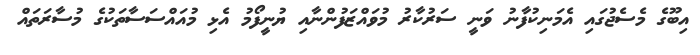
އިބޫގެ މެސެޖުގައި އެމަނިކުފާނު ވަނީ ސަރުކާރު މުވައްޒަފުންނާއި ޔުނީފޯމު އެޅި މުއައްސަސާތަކުގެ މުސާރަތައް